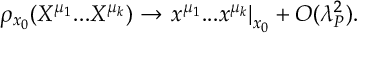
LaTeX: \rho _ { x _ { 0 } } ( X ^ { \mu _ { 1 } } . . . X ^ { \mu _ { k } } ) \rightarrow \left. x ^ { \mu _ { 1 } } . . . x ^ { \mu _ { k } } \right| _ { x _ { 0 } } + { \cal O } ( \lambda _ { P } ^ { 2 } ) .